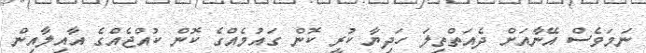
ނަމަވެސް އޭނާއަށް ދެއަތްތިލަ ހަދިޔާ ކުރީ ކޮން ގައުމެއްގެ ކޮން ކުއްޖެއްގެ އާއިލާއިން